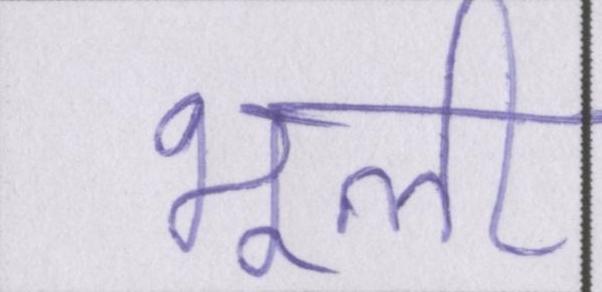
भूली